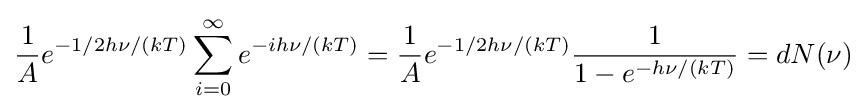
{\frac {1}{A}}e^{-1/2h\nu /(kT)}\sum _{i=0}^{\infty }e^{-ih\nu /(kT)}={\frac {1}{A}}e^{-1/2h\nu /(kT)}{\frac {1}{1-e^{-h\nu /(kT)}}}=dN(\nu )